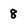
Character: 8